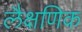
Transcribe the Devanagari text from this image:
लैक्षणिक